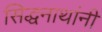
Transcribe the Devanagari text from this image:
सिद्धनाथांनी